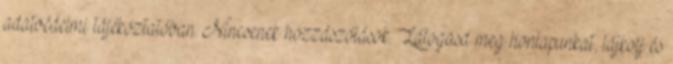
adatvédelmi tájékoztatóban. Nincsenek hozzászólások. Látogasd meg honlapunkat, lájkolj és